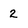
Character: 2